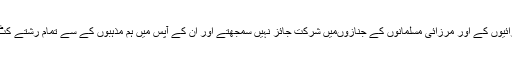
مسلمان مرزائیوں کے اور مرزائی مسلمانوں کے جنازوںمیں شرکت جائز نہیں سمجھتے اور ان کے آپس میں ہم مذہبوں کے سے تمام رشتے کٹ چکے ہیں۔